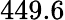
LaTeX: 449.6